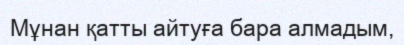
Мұнан қатты айтуға бара алмадым,